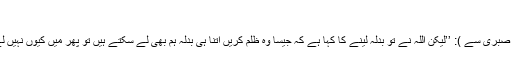
‘‘
انسان ( بے صبری سے ): ’’لیکن اللہ نے تو بدلہ لینے کا کہا ہے کہ جیسا وہ ظلم کریں اتنا ہی بدلہ ہم بھی لے سکتے ہیں تو پھر میں کیوں نہیں لے سکتابدلہ۔